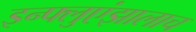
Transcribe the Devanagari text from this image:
इन्फ्लुएंझालाच